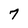
Character: 7